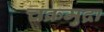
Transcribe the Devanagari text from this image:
चक्रमुद्रा